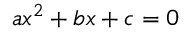
a x ^ { 2 } + b x + c = 0